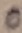
Text: 0